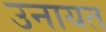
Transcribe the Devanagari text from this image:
उनायत